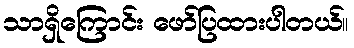
သာရှိကြောင်း ဖော်ပြထားပါတယ်။